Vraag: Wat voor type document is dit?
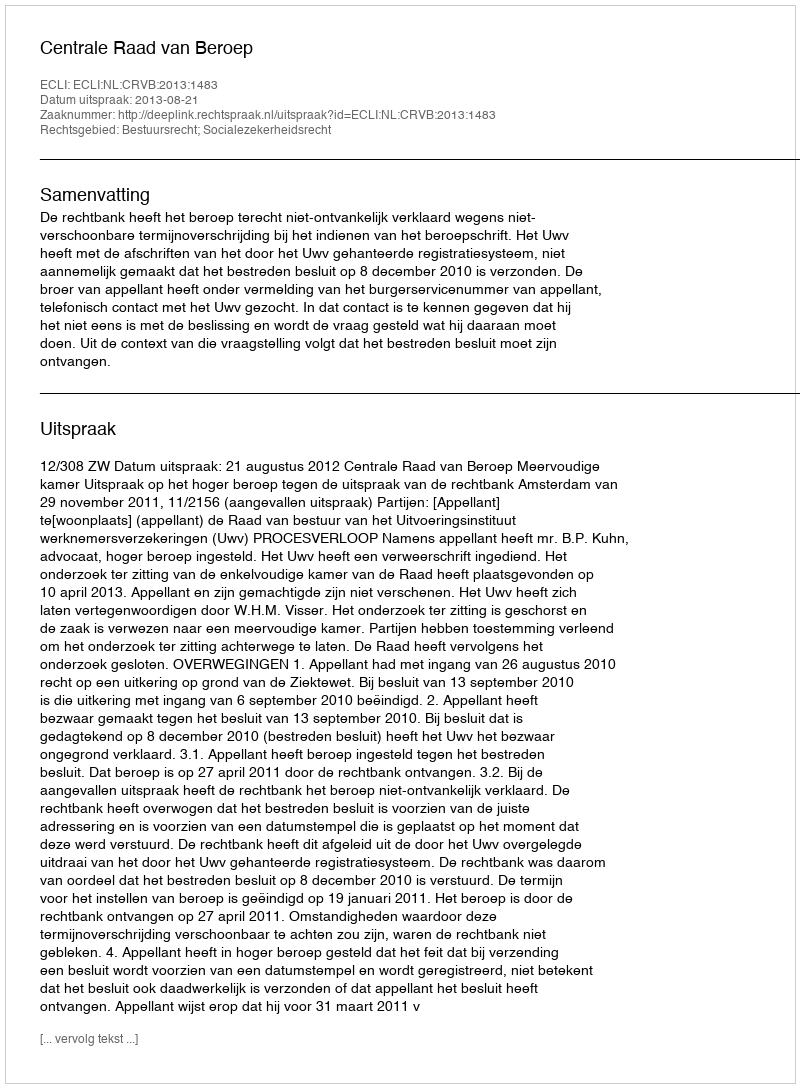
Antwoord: Uitspraak